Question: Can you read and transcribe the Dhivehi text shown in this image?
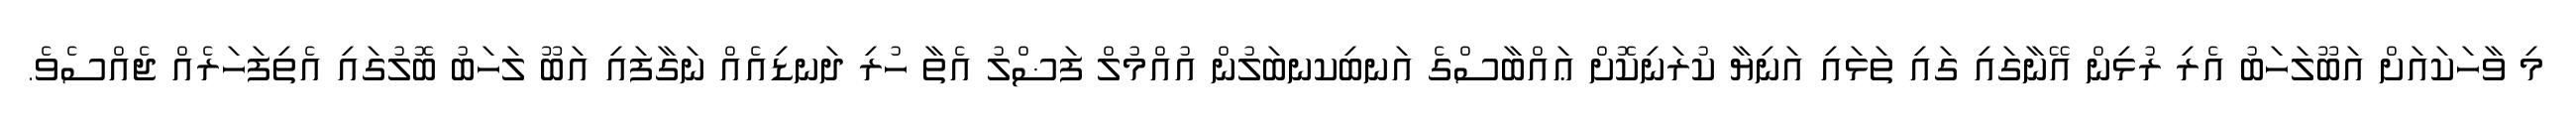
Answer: މި ވާހަކައަށް އަބޫލަހަބު އެރި ރުޅިން އޭނާގައި ގައި ތަޅައި އަނިޔާ ކުރަނިކޮށް ޢައްބާސްގެ އަނބިކނބަލުން އުއްމުލް ފަޟްލު އެތާ ހުރި ދަނޑިއެއް ނަގާފައި އަބޫ ލަހަބު ބޮލުގައި އެތިފަހަރެއް ޖެއްސެވެ.